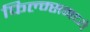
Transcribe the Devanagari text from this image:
फिल्म्समध्ये